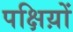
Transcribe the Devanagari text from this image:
पक्षिय़ों